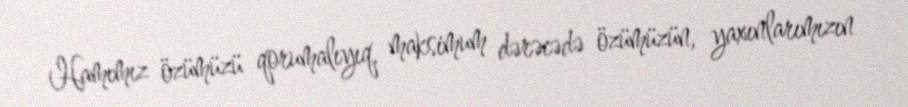
Hamımız özümüzü qorumalıyıq, maksimum dərəcədə özümüzün, yaxınlarımızın